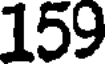
159